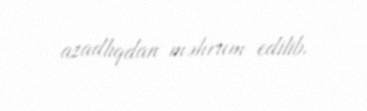
azadlıqdan məhrum edilib.